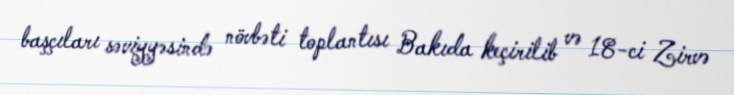
başçıları səviyyəsində növbəti toplantısı Bakıda keçirilib və 18-ci Zirvə